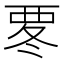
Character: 𮗀